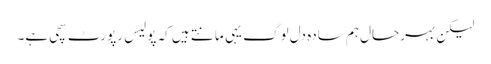
لیکن بہرحال ہم سادہ دل لوگ یہی مانتے ہیں کہ پولیس رپورٹ سچی ہے۔